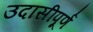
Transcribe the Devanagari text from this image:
उदासीपूर्ण